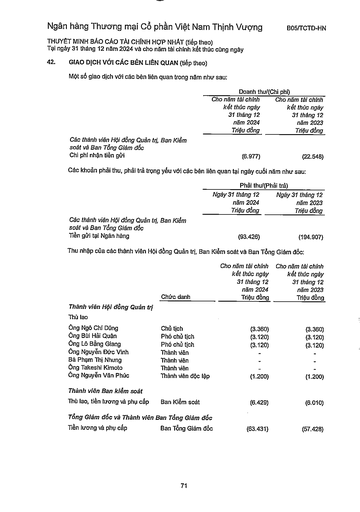
||Doanh|thu/(Chi phí)| |---|---|---| ||Cho năm tài chính kết thúc ngày 31 tháng 12 năm 2024 Triệu đồng|Cho năm tài chính kết thúc ngày 31 tháng 12 năm 2023 Triệu đồng| |Các thành viên Hội đồng Quản trị, Ban Kiểm soát và Ban Tổng Giám đốc Chi phí nhân tiền gửi|(6.977)|(22.548)| ||Phải|thu/(Phải trả)| |---|---|---| ||Ngày 31 tháng 12 năm 2024 Triệu đồng|Ngày 31 tháng 12 năm 2023 Triệu đồng| |Các thành viên Hội đồng Quản trị, Ban Kiểm soát và Ban Tổng Giám đốc Tiền gửi tại Ngân hàng|(93.426)|(194.907)| ||Chức danh|Cho năm tài chính kết thúc ngày 31 tháng 12 năm 2024 Triệu đồng|Cho năm tài chính kết thúc ngày 31 tháng 12 năm 2023 Triệu đồng| |---|---|---|---| |Thành viên Hội đồng Quản trị|||| |Thù lao|||| |Ông Ngô Chí Dũng|Chủ tịch|(3.360)|(3.360)| |Ông Bùi Hải Quân|Phó chủ tịch|(3.120)|(3.120)| |Ông Lê Bằng Giang|Phó chủ tịch|(3.120)|(3.120)| |Ông Nguyễn Đức Vinh|Thành viên||| |Bà Phạm Thị Nhung|Thành viên||| |Ông Takeshi Kimoto|Thành viên||| |Ông Nguyễn Văn Phúc|Thành viên độc lập|(1.200)|(1.200)| |Thành viên Ban Kiểm soát|||| |Thù lao, tiền thưởng và phụ cấp|Ban Kiểm soát|(6.429)|(6.010)| |Tổng Giám đốc và Thành viên|Ban Tổng Giám đốc||| |Tiền lương và phụ cấp|Ban Tổng Giám đốc|(63.431)|(57.428)|